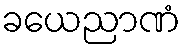
ခယေညာဏံ